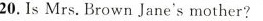
20.IsMrs BrownJanesmother?